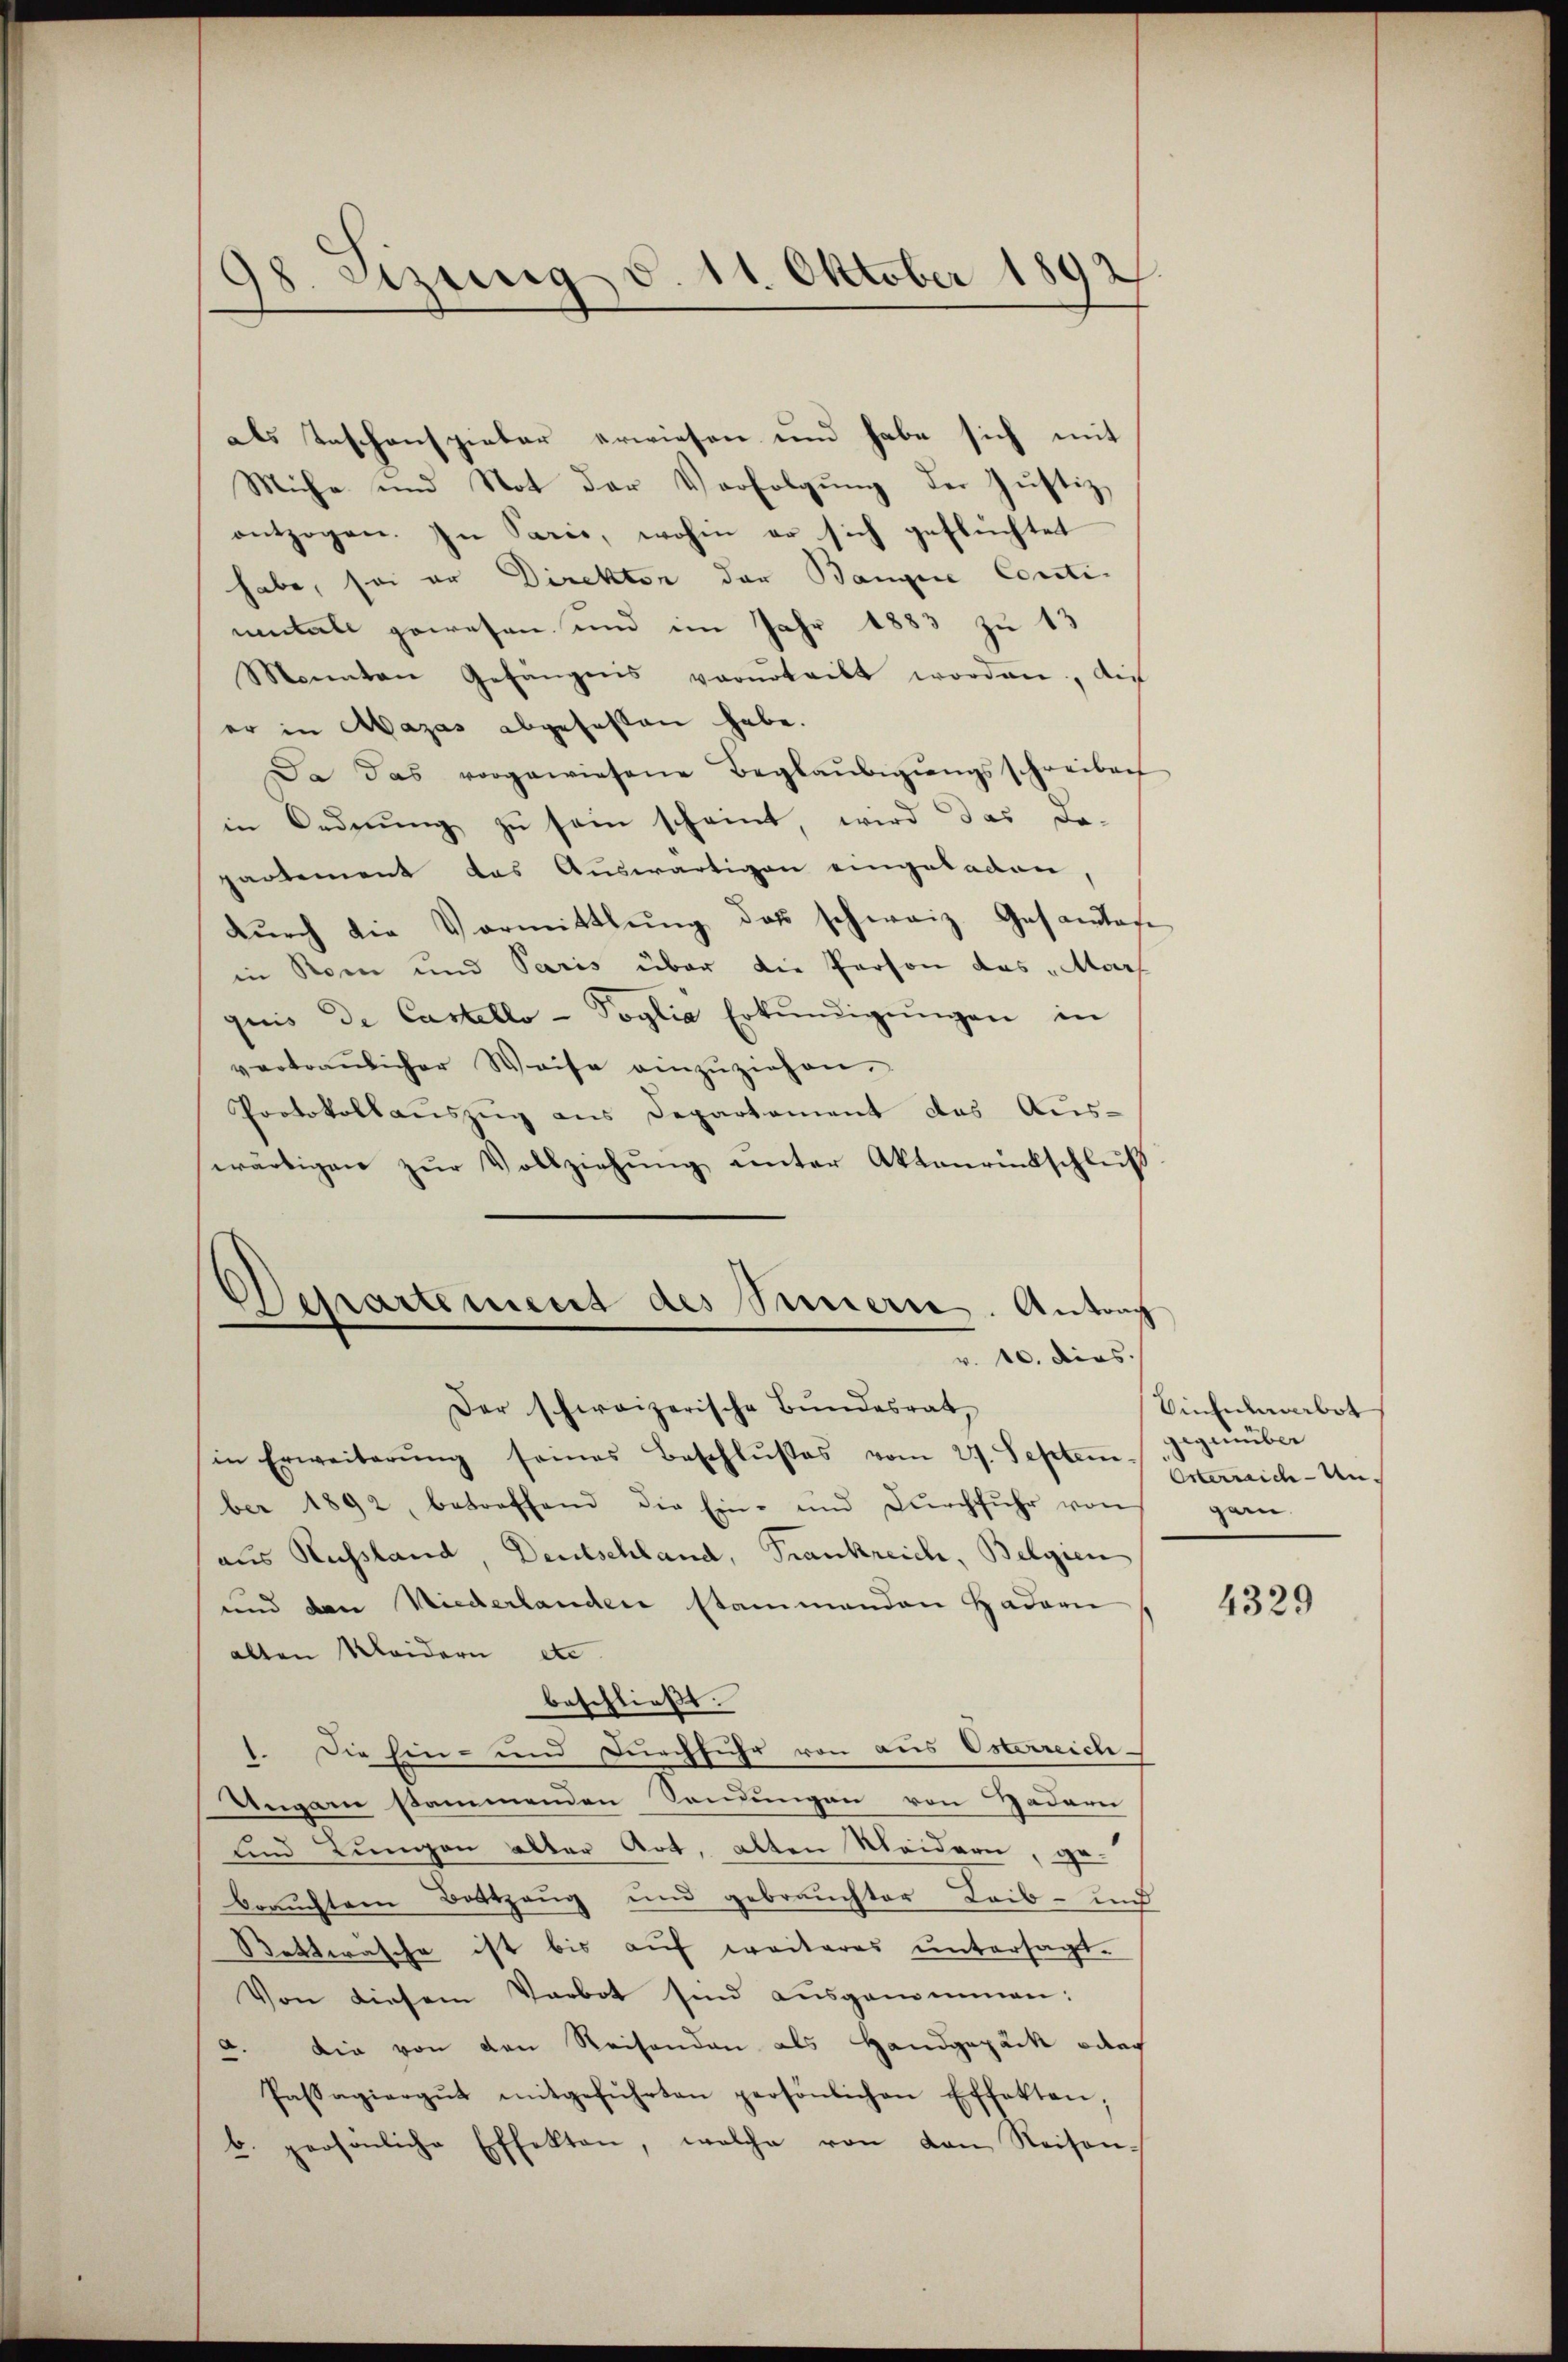
38. Sizung d. 11. Oktober 1892

als Taschenspieler erwiesen und habe sich mit
Mühe und Not der Verfolgung der Justiz,
entzogen. In Sarie, wohin er sich geflüchtet
habe, sei er Direktor der Bangine Contimetall gewesen und im Jahr 1883 zu 13
Monnten Gefängnis verurteilt worden, die
er in Mazas abgefassen habe.
Da das vorgewiesene Beglaŭbigŭngsschreiben
in Orderŭng zŭ sein scheint, wird das da-
partement das Auswärtigen eingebaden,
dŭrch die Vormittlung das schweiz. Gesamtes
in Rom und Paris über die Person das „Mar
quis de Castello - Poglia Erkŭndigŭngen in
vertraŭlicher Weise einzŭziehen.
Protokollauszug aus Departement das Aus-
wärtigen zŭr Vollziehŭng ŭnter Aktenrückschluß
Departement des Sinnern. Antrag
v. 10. dies
Der schweizerische Bŭndesrat,
in Erweiterŭng seines Beschlußes vom 27. Septem Herreich auch
ber 1892, betreffend die Ein- und Dŭrchführ von gar
aus Russland, Deutschland, Frankreich, Belgien
und den Niederlanden stammenden Hadern
alten Kleidern etc.
beschließt.
1. Die hin- und durchfuhr von aus Osterreich-
Ungarn sammenden Sondungen von Hader
und Lungen alter Art, alten Weidern, gebrauchtem Bottzeug und gebrauchter Leib- und
Bettwasche ist bis auf weiteres untersagt.
Von diesem Verbot sind ausgenommen:
die von den Reisenden als Handgepäck oder
.
Passagiergŭt mitgeführten persönlichen Effekten;
b. persönliche Effekten, welche von von Reisen¬

Sinhumarbot
gegenüber

4329